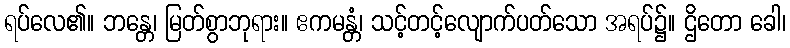
ရပ်လေ၏။ ဘန္တေ၊ မြတ်စွာဘုရား။ ဧကမန္တံ၊ သင့်တင့်လျောက်ပတ်သော အရပ်၌။ ဌိတော ခေါ၊